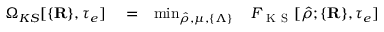
\begin{array} { r l r } { \Omega _ { K S } [ \{ { \bf R } \} , \tau _ { e } ] } & { { } = } & { \operatorname* { m i n } _ { \hat { \rho } , \mu , \{ \Lambda \} } ~ ~ ~ F _ { \mathrm { ~ K ~ S ~ } } [ \hat { \rho } ; \{ { \bf R } \} , \tau _ { e } ] } \end{array}